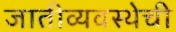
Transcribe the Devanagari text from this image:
जातीव्यवस्थेची